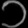
Digit: ၁